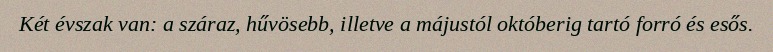
Két évszak van: a száraz, hűvösebb, illetve a májustól októberig tartó forró és esős.